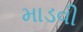
માડવી